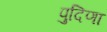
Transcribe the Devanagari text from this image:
पुदिणा